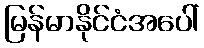
မြန်မာနိုင်ငံအပေါ်